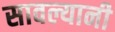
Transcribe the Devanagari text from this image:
सावल्यानी